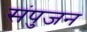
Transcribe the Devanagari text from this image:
संपुजन